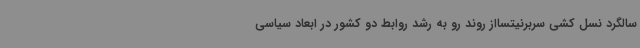
سالگرد نسل کشی سربرنیتسااز روند رو به رشد روابط دو کشور در ابعاد سیاسی